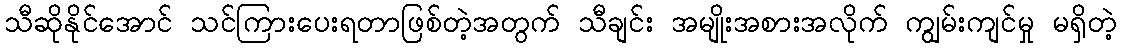
သီဆိုနိုင်အောင် သင်ကြားပေးရတာဖြစ်တဲ့အတွက် သီချင်း အမျိုးအစားအလိုက် ကျွမ်းကျင်မှု မရှိတဲ့